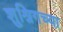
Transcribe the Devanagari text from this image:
शुश्निगच्या